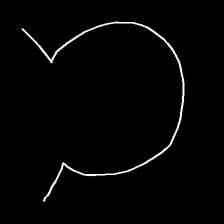
Glyph: weave